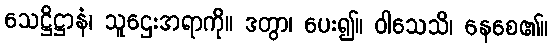
သေဋ္ဌိဋ္ဌာနံ၊ သူဌေးအရာကို။ ဒတွာ၊ ပေး၍။ ဝါသေသိ၊ နေစေ၏။